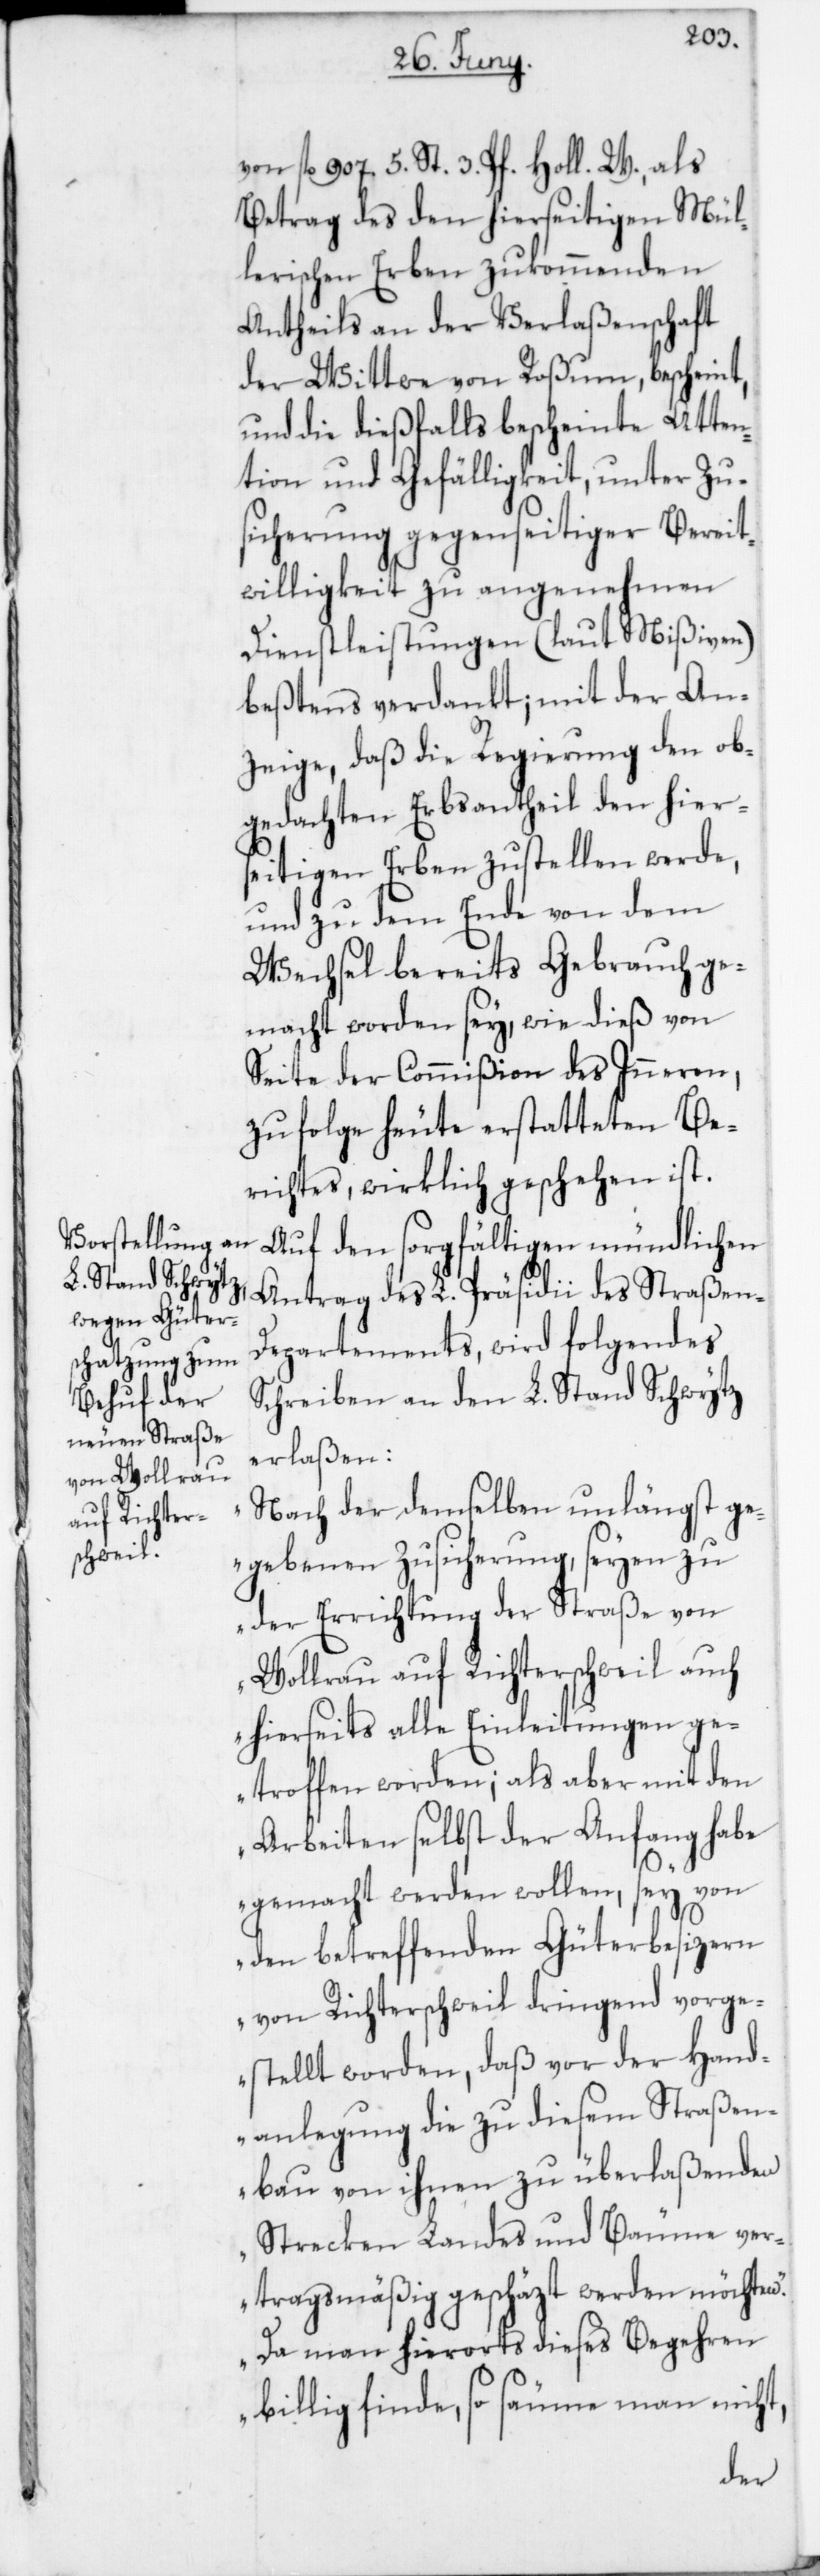
von fl 907. 5. St. 3. Pf. Holl. W., als
Betrag des den hierseitigen Mül¬
lerischen Erben zukommenden
Antheils an der Verlaßenschaft
der Wittwe von Roßum, bescheint,
und die dießfalls bescheinte Atten¬
tion und Gefälligkeit, unter Zu¬
sicherung gegenseitiger Bereit¬
willigkeit zu angenehmen
Dienstleistungen (laut Mißiven)
beßtens verdankt; mit der An¬
zeige, daß die Regierung den ob¬
gedachten Erbsantheil den hier¬
seitigen Erben zustellen werde,
und zu dem Ende von dem
Wechsel bereits Gebrauch ge¬
macht worden sey, wie dieß von
Seite der Commißion des Inneren,
zufolge heute erstatteten Be¬
richtes, wirklich geschehen ist.
Auf den sorgfältigen mündlichen
Antrag des L. Präsidii des Straßen-D¬
epartements, wird folgendes
Schreiben an den L. Stand Schwytz
erlaßen:
„Nach der demselben unlängst ge¬
gebenen Zusicherung, seyen zu
der Errichtung der Straße von
Wollerau auf Richterschweil auch
hierseits alle Einleitungen ge¬
troffen worden; als aber mit den
Arbeiten selbst der Anfang habe
gemacht werden wollen, sey von
den betreffenden Güterbesizern
von Richterschweil dringend vorge¬
stellt worden, daß vor der Hand¬
anlegung die zu diesem Straßen¬
bau von ihnen zu überlaßenden
Strecken Landes und Bäume ver¬
tragsmäßig geschäzt werden möchten.
Da man hierorts dieses Begehren
billig finde, so säume man nicht,